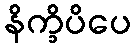
နိက္ခိပိပေ